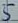
Text: 5